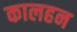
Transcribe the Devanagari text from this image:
कालहन